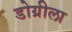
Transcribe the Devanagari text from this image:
डोग्रीला